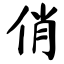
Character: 俏